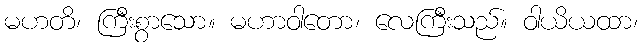
မဟတိ၊ ကြီးစွာသော။ မဟာဝါတော၊ လေကြီးသည်။ ဝါယိယထာ၊